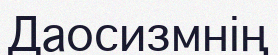
Даосизмнің